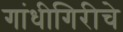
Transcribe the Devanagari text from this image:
गांधीगिरीचे